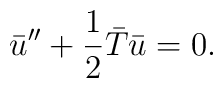
\bar{u}''+ {1\over 2}\bar{T} \bar{u}=0.